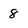
Character: 8